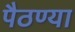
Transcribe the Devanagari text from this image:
पैठण्या